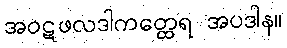
အဝဋဖလဒါကတ္ထေရ အပဒါန။